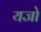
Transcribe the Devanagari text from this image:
यजो